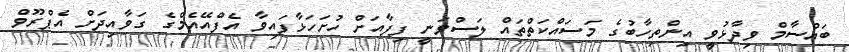
ބައްސާމް ވިދާޅުވީ އިންތިހާބުގެ މަސައްކަތްތައް ލަސްވަނީ ފިފާއަށް ހުށަހަޅާފައިވާ އެފްއޭއެމްގެ ގަވާއިދަށް އެޕްރޫވް